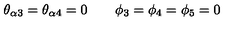
\theta _ { \alpha 3 } = \theta _ { \alpha 4 } = 0 \qquad \phi _ { 3 } = \phi _ { 4 } = \phi _ { 5 } = 0